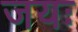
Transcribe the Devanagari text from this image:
जयः